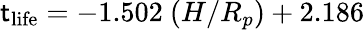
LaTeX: \mathsf{t}_{\mathrm{{life}}}=-1.502~(H/R_{p})+2.186